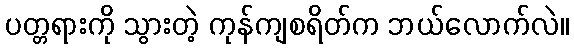
ပတ္တရားကို သွားတဲ့ ကုန်ကျစရိတ်က ဘယ်လောက်လဲ။